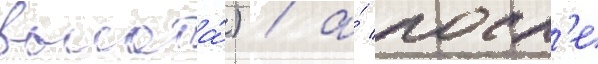
высота́) / а́ посл'е